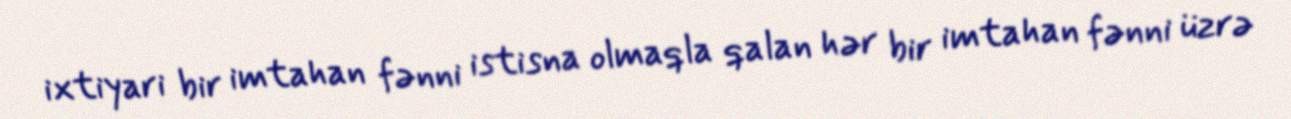
ixtiyari bir imtahan fənni istisna olmaqla qalan hər bir imtahan fənni üzrə